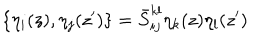
LaTeX: \{ \eta _ { i } ( z ) , \eta _ { j } ( z ^ { \prime } ) \} = \bar { S } _ { i j } ^ { k l } \eta _ { k } ( z ) \eta _ { l } ( z ^ { \prime } )